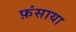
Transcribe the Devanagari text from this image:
फ़ंसाया